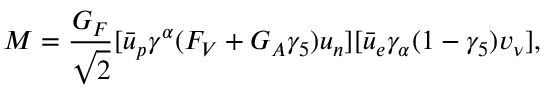
{ \cal M } = \frac { G _ { F } } { \sqrt { 2 } } [ \bar { u } _ { p } \gamma ^ { \alpha } ( F _ { V } + G _ { A } \gamma _ { 5 } ) u _ { n } ] [ \bar { u } _ { e } \gamma _ { \alpha } ( 1 - \gamma _ { 5 } ) v _ { \nu } ] ,